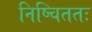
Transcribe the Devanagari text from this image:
निष्चिततः